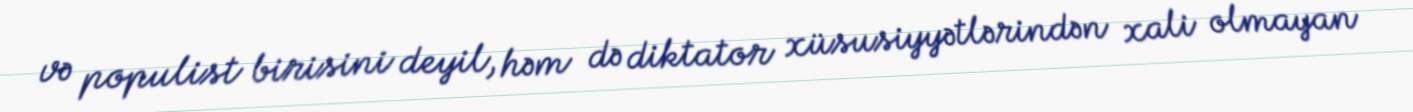
və populist birisini deyil, həm də diktator xüsusiyyətlərindən xali olmayan